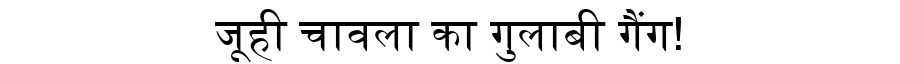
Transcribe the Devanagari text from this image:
जूही चावला का गुलाबी गैंग!